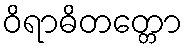
ဝိရာဓိတတ္တော